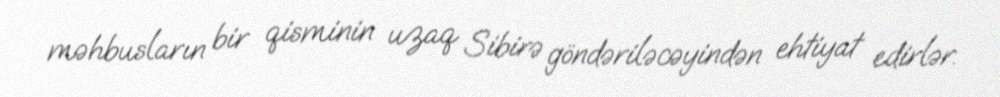
məhbusların bir qisminin uzaq Sibirə göndəriləcəyindən ehtiyat edirlər.